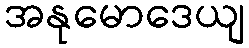
အနုမောဒေယျ